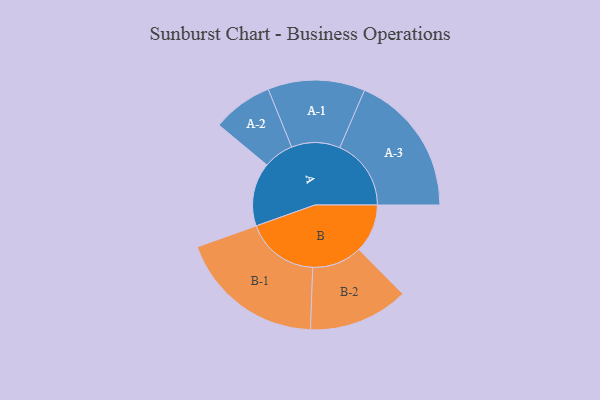
{"axis": {"x": "Segment", "y": "Value"}, "legend": ["", "A", "B"], "data": [{"x": "A", "y": 250, "type": ""}, {"x": "B", "y": 191, "type": ""}, {"x": "A-1", "y": 191, "type": "A"}, {"x": "A-2", "y": 119, "type": "A"}, {"x": "A-3", "y": 281, "type": "A"}, {"x": "B-1", "y": 288, "type": "B"}, {"x": "B-2", "y": 197, "type": "B"}]}